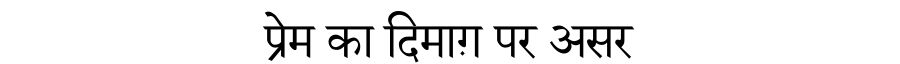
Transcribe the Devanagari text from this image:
प्रेम का दिमाग़ पर असर